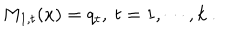
M _ { 1 , t } ( x ) = q _ { t } , ~ t = 1 , \cdots , k ~ .